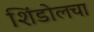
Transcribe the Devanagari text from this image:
शिंडोलचा